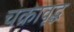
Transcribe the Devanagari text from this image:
चक्रावृद्ध